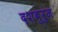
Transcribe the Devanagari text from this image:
दशबुरुज